Annual report of the Camel Specialist
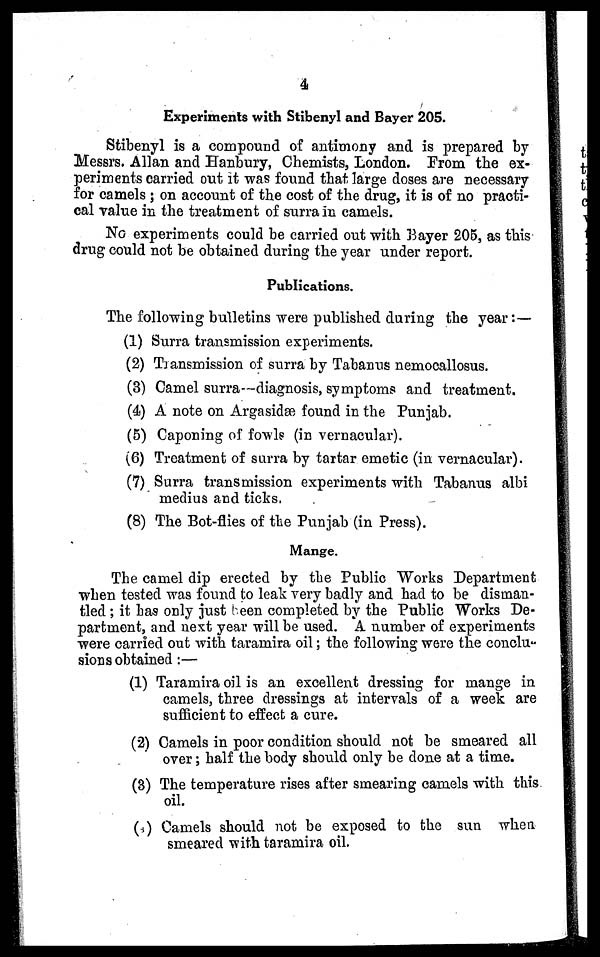
4
Experiments with Stibenyl and Bayer 205.
Stibenyl is a compound of antimony and is prepared by
Messrs. Allan and Hanbury, Chemists, London. From the ex-
periments carried out it was found that large doses are necessary
for camels; on account of the cost of the drug, it is of no practi-
cal value in the treatment of surra in camels.
No experiments could be carried out with Bayer 205, as this
drug could not be obtained during the year under report.
Publications.
The following bulletins were published during the year:—
(1) Surra transmission experiments.
(2) Transmission of surra by Tabanus nemocallosus.
(3) Camel surra—diagnosis, symptoms and treatment.
(4) A note on Argasidæ found in the Punjab.
(5) Caponing of fowls (in vernacular).
(6) Treatment of surra by tartar emetic (in vernacular).
(7) Surra transmission experiments with Tabanus albi
medius and ticks.
(8) The Bot-flies of the Punjab (in Press).
Mange.
The camel dip erected by the Public Works Department
when tested was found to leak very badly and had to be disman-
tled ; it has only just been completed by the Public Works De-
partment, and next year will be used. A number of experiments
were carried out with taramira oil; the following were the conclu¬
sions obtained:—
(1) Taramira oil is an excellent dressing for mange in
camels, three dressings at intervals of a week are
sufficient to effect a cure.
(2) Camels in poor condition should not be smeared all
over; half the body should only be done at a time.
(3) The temperature rises after smearing camels with this
oil.
(4) Camels should not be exposed to the sun when
smeared with taramira oil.